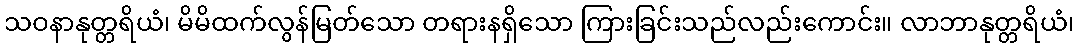
သဝနာနုတ္တရိယံ၊ မိမိထက်လွန်မြတ်သော တရားနရှိသော ကြားခြင်းသည်လည်းကောင်း။ လာဘာနုတ္တရိယံ၊